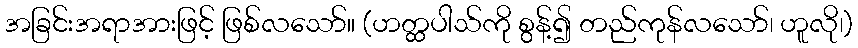
အခြင်းအရာအားဖြင့် ဖြစ်လသော်။ (ဟတ္ထပါသ်ကို စွန့်၍ တည်ကုန်လသော်၊ ဟူလို၊)